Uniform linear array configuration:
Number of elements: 24
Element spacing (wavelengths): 0.25
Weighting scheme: kaiser
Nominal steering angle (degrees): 30
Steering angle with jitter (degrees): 29.259
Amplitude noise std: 0.05
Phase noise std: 0.05

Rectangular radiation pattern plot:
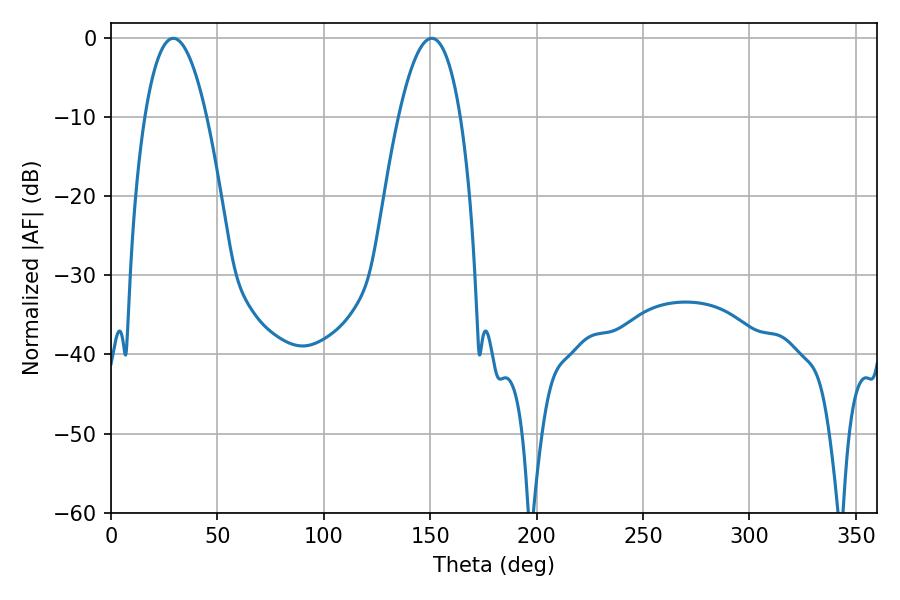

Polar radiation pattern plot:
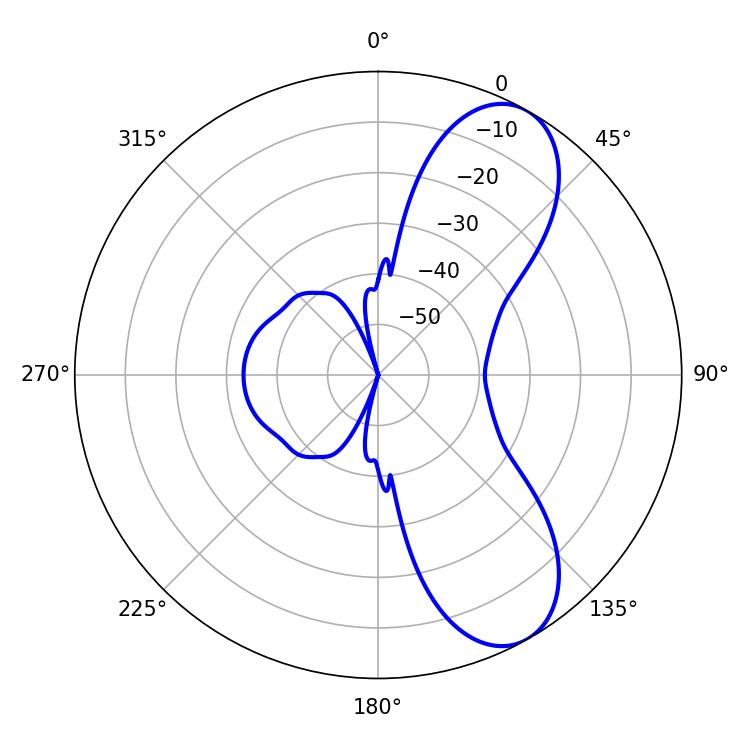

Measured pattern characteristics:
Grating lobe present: FALSE
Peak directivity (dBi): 8.276
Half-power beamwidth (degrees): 16.02
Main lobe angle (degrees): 29.34